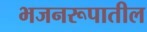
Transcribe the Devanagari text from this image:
भजनरूपातील